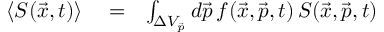
\begin{array} { r l r } { \langle S ( \vec { x } , t ) \rangle } & { { } = } & { \int _ { \Delta V _ { \vec { p } } } d \vec { p } \, f ( \vec { x } , \vec { p } , t ) \, S ( \vec { x } , \vec { p } , t ) } \end{array}